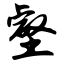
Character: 壑